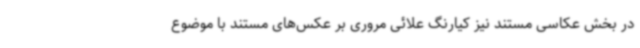
در بخش عکاسی مستند نیز کیارنگ علائی مروری بر عکس‌های مستند با موضوع